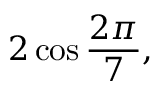
2 \cos { \frac { 2 \pi } { 7 } } ,